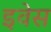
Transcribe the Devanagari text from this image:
इवेस